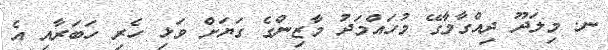
ނ. މިލަދޫ ދިއްގާމާގޭ މުހައްމަދު މާޒިންގެ ގަޔަށް ވަޅި ހެރި ހަބަރާއި އެ